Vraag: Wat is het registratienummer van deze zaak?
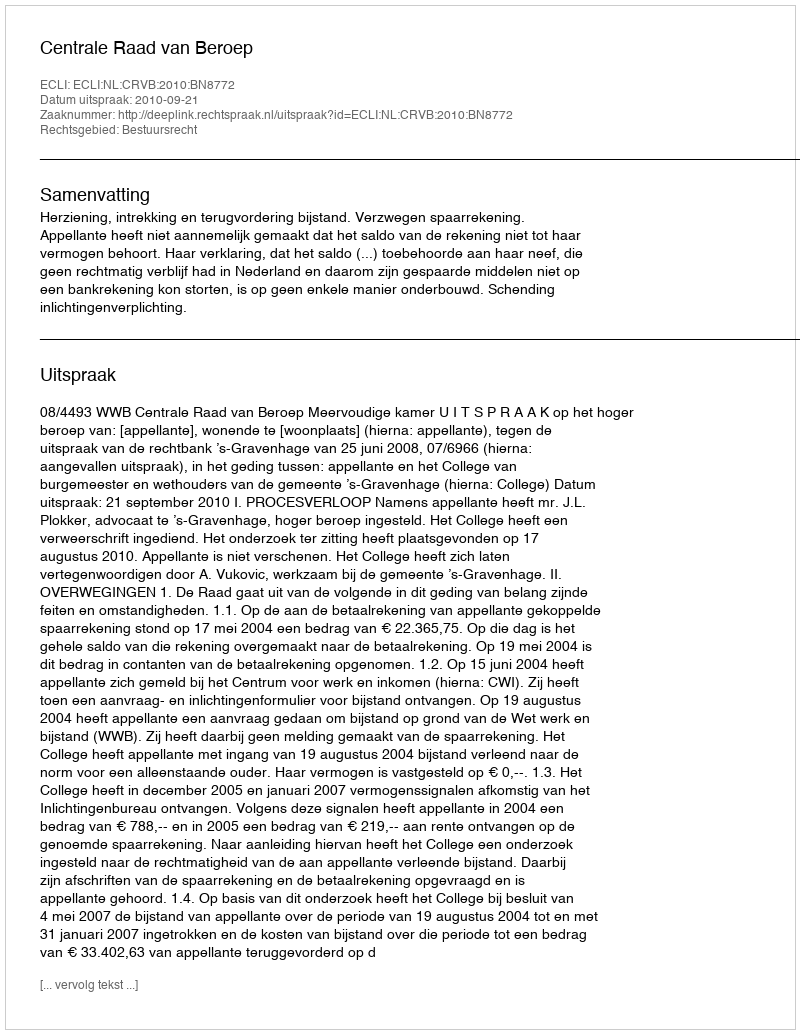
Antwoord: http://deeplink.rechtspraak.nl/uitspraak?id=ECLI:NL:CRVB:2010:BN8772